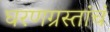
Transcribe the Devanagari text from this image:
घरणग्रस्तांचं